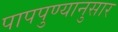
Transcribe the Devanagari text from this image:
पापपुण्यानुसार